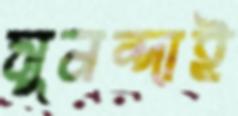
সুনন্দাই